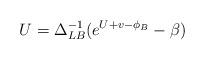
LaTeX: \begin{align*}U = \Delta_{LB}^{-1} (e^{U+v-\phi_B} - \beta)\end{align*}